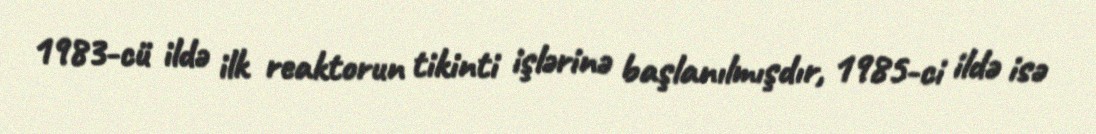
1983-cü ildə ilk reaktorun tikinti işlərinə başlanılmışdır, 1985-ci ildə isə